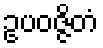
ဥပဝဇ္ဇိတံ